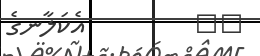
٢٨         އެކަލާނގެ